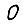
Digit: 0